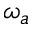
\omega _ { a }